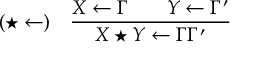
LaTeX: ( \star \leftarrow ) \quad { \frac { X \leftarrow \Gamma \qquad Y \leftarrow \Gamma ^ { \prime } } { X \star Y \leftarrow \Gamma \Gamma ^ { \prime } } }